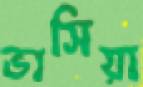
ভাসিয়া